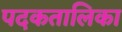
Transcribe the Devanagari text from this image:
पदकतालिका